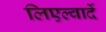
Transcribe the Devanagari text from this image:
लिएल्वार्दे